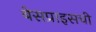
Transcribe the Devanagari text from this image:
बेसप्राइसची